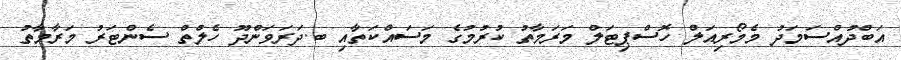
އަބްދުއްސަމަދު މެމޯރިއަލް ހޮސްޕިޓަލް މަރަމާތު ކުރުމުގެ މަސައްކަތާއި ބ.ދަރަވަންދޫ ހެލްތް ސެންޓަރު މަރާމާތު